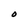
Character: O